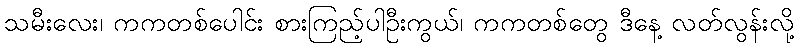
သမီးလေး၊ ကကတစ်ပေါင်း စားကြည့်ပါဦးကွယ်၊ ကကတစ်တွေ ဒီနေ့ လတ်လွန်းလို့